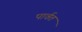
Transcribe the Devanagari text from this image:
पार्वत